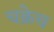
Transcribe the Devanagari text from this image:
चक्रेच